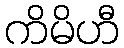
ကိမိဟီ